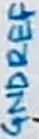
Text: GNDREF